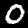
Digit: 0